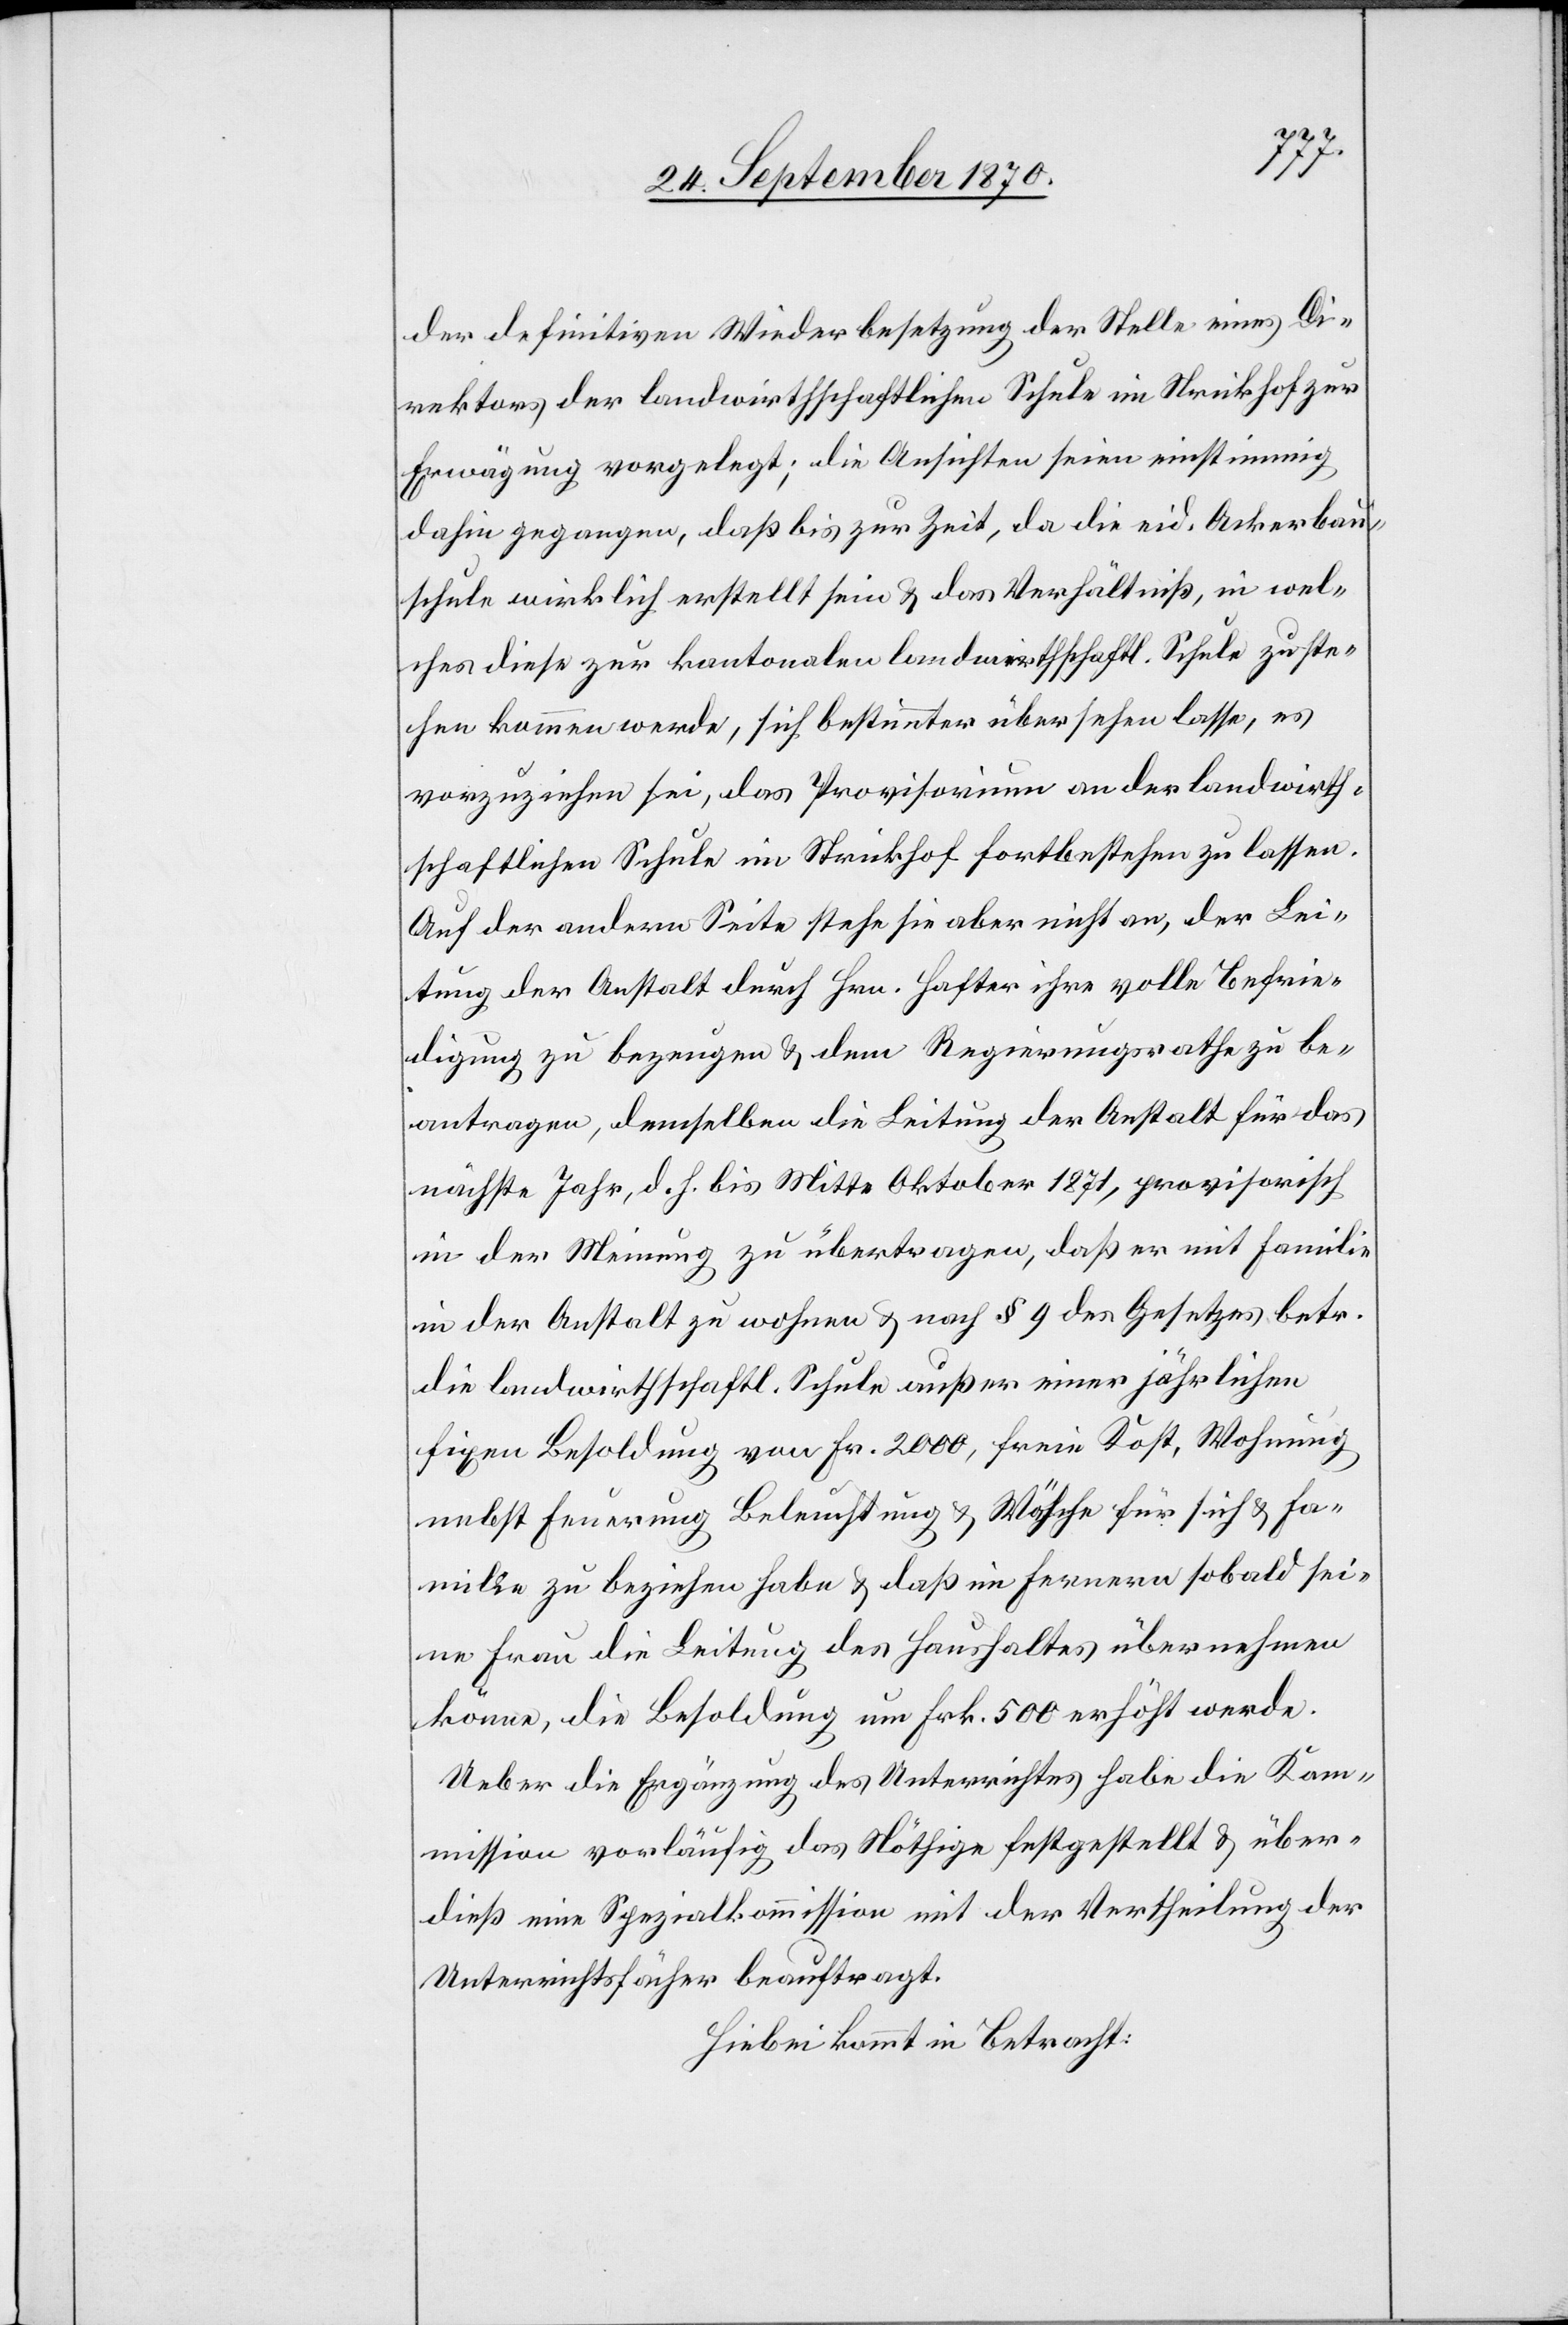
der definitiven Wiederbesetzung der Stelle eines Di¬
rektors der landwirthschaftlichen Schule im Strickhof zur
Erwägung vorgelegt; die Ansichten seien einstimmig
dahin gegangen, daß bis zur Zeit, da die eid. Ackerbau¬
schule wirklich erstellt sein & das Verhältniß, in wel¬
ches dieser zur kantonalen landwirthschaftl. Schule zu ste¬
hen kommen werde, sich bestimmter übersehen lasse, es
vorzuziehen sei, das Provisorium an der landwirth¬
schaftlichen Schule im Strickhof fortbestehen zu lassen.
Auf der andern Seite stehe sie aber nicht an, der Lei¬
tung der Anstalt durch Hrn. Hafter ihre volle Befrie¬
digung zu bezeugen & dem Regierungsrathe zu be¬
antragen, demselben die Leitung der Anstalt für das
nächste Jahr, d. h. bis Mitte Oktober 1871, provisorisch
in der Meinung zu übertragen, daß er mit Familie
in der Anstalt zu wohnen & nach § 9 des Gesetzes betr.
die landwirthschaftl. Schule außer einer jährlichen
fixen Besoldung von Fr. 2000, freie Kost, Wohnung
nebst Feuerung[,] Beleuchtung & Wäsche für sich & Fa¬
milie zu beziehen habe & daß im Fernern sobald sei¬
ne Frau die Leitung des Haushaltes übernehmen
könne, die Besoldung um Frk. 500 erhöht werde.
Ueber die Ergänzung des Unterrichtes habe die Kom¬
mission vorläufig das Nöthige festgestellt & über¬
dieß eine Spezialkommission mit der Vertheilung der
Unterrichtfächer beauftragt.
Hiebei kommt in Betracht: